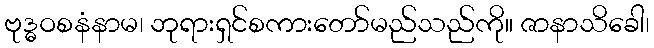
ဗုဒ္ဓဝစနံနာမ၊ ဘုရားရှင်စကားတော်မည်သည်ကို။ ဇာနာသိခေါ၊